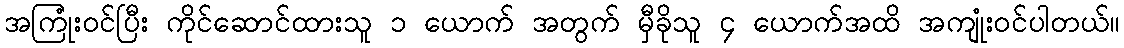
အကြုံးဝင်ပြီး ကိုင်ဆောင်ထားသူ ၁ ယောက် အတွက် မှီခိုသူ ၄ ယောက်အထိ အကျုံးဝင်ပါတယ်။